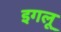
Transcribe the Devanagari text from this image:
इगलू